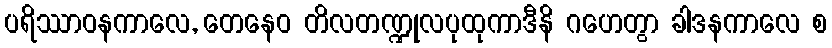
ပရိဿာဝနကာလေ, တေနေဝ တိလတဏ္ဍုလပုထုကာဒီနိ ဂဟေတွာ ခါဒနကာလေ စ